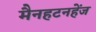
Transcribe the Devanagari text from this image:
मैनहटनहेंज